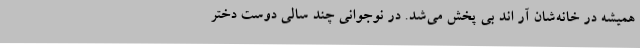
همیشه در خانه‌شان آر اند بی پخش می‌شد. در نوجوانی چند سالی دوست دختر